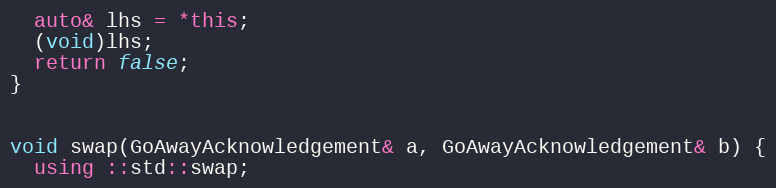
Language: C++
  auto& lhs = *this;
  (void)lhs;
  return false;
}

void swap(GoAwayAcknowledgement& a, GoAwayAcknowledgement& b) {
  using ::std::swap;